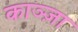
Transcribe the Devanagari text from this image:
काञ्ज़ा